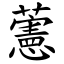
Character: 藼